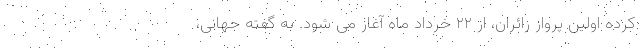
کرده اولین پرواز زائران، از ۲۲ خرداد ماه آغاز می شود. به گفته جهانی،